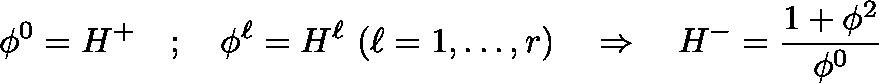
\phi ^ { 0 } = H ^ { + } \quad ; \quad \phi ^ { \ell } = H ^ { \ell } \, \, ( \ell = 1 , \dots , r ) \quad \Rightarrow \quad H ^ { - } = \frac { 1 + \mathbf { \phi } ^ { 2 } } { \phi ^ { 0 } }